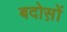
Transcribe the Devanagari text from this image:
बदोस़ों